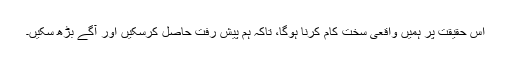
اس حقیقت پر ہمیں واقعی سخت کام کرنا ہوگا، تاکہ ہم پیش رفت حاصل کرسکیں اور آگے بڑھ سکیں۔